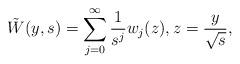
LaTeX: \begin{align*}\tilde{W}(y,s) = \sum_{j = 0}^\infty \frac{1}{s^j}w_j(z), z = \frac{y}{\sqrt{s}},\end{align*}